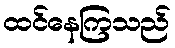
ထင်နေကြသည်